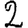
Digit: 2